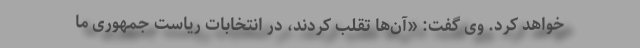
خواهد کرد. وی گفت: «آن‌ها تقلب کردند، در انتخابات ریاست جمهوری ما